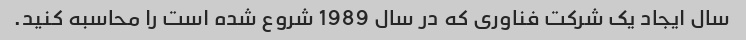
سال ایجاد یک شرکت فناوری که در سال 1989 شروع شده است را محاسبه کنید.